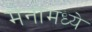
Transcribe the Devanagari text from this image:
मेनोमध्ये